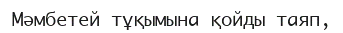
Мәмбетей тұқымына қойды таяп,